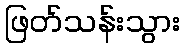
ဖြတ်သန်းသွား